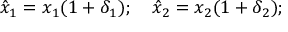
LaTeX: { \hat { x } } _ { 1 } = x _ { 1 } ( 1 + \delta _ { 1 } ) ; \quad { \hat { x } } _ { 2 } = x _ { 2 } ( 1 + \delta _ { 2 } ) ;